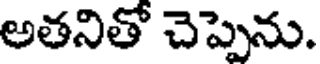
అతనితో చెప్పెను.